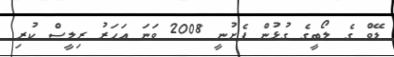
ޑޭވް ގެ ލޯބީގެ ގުޅުން ފެށުނީ 2008 ވަނަ އަހަރު ރިލީސް ކުރި